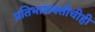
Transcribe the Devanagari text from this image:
प्रतिभाशक्तीचीही